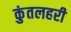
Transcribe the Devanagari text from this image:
कुंतलहरी